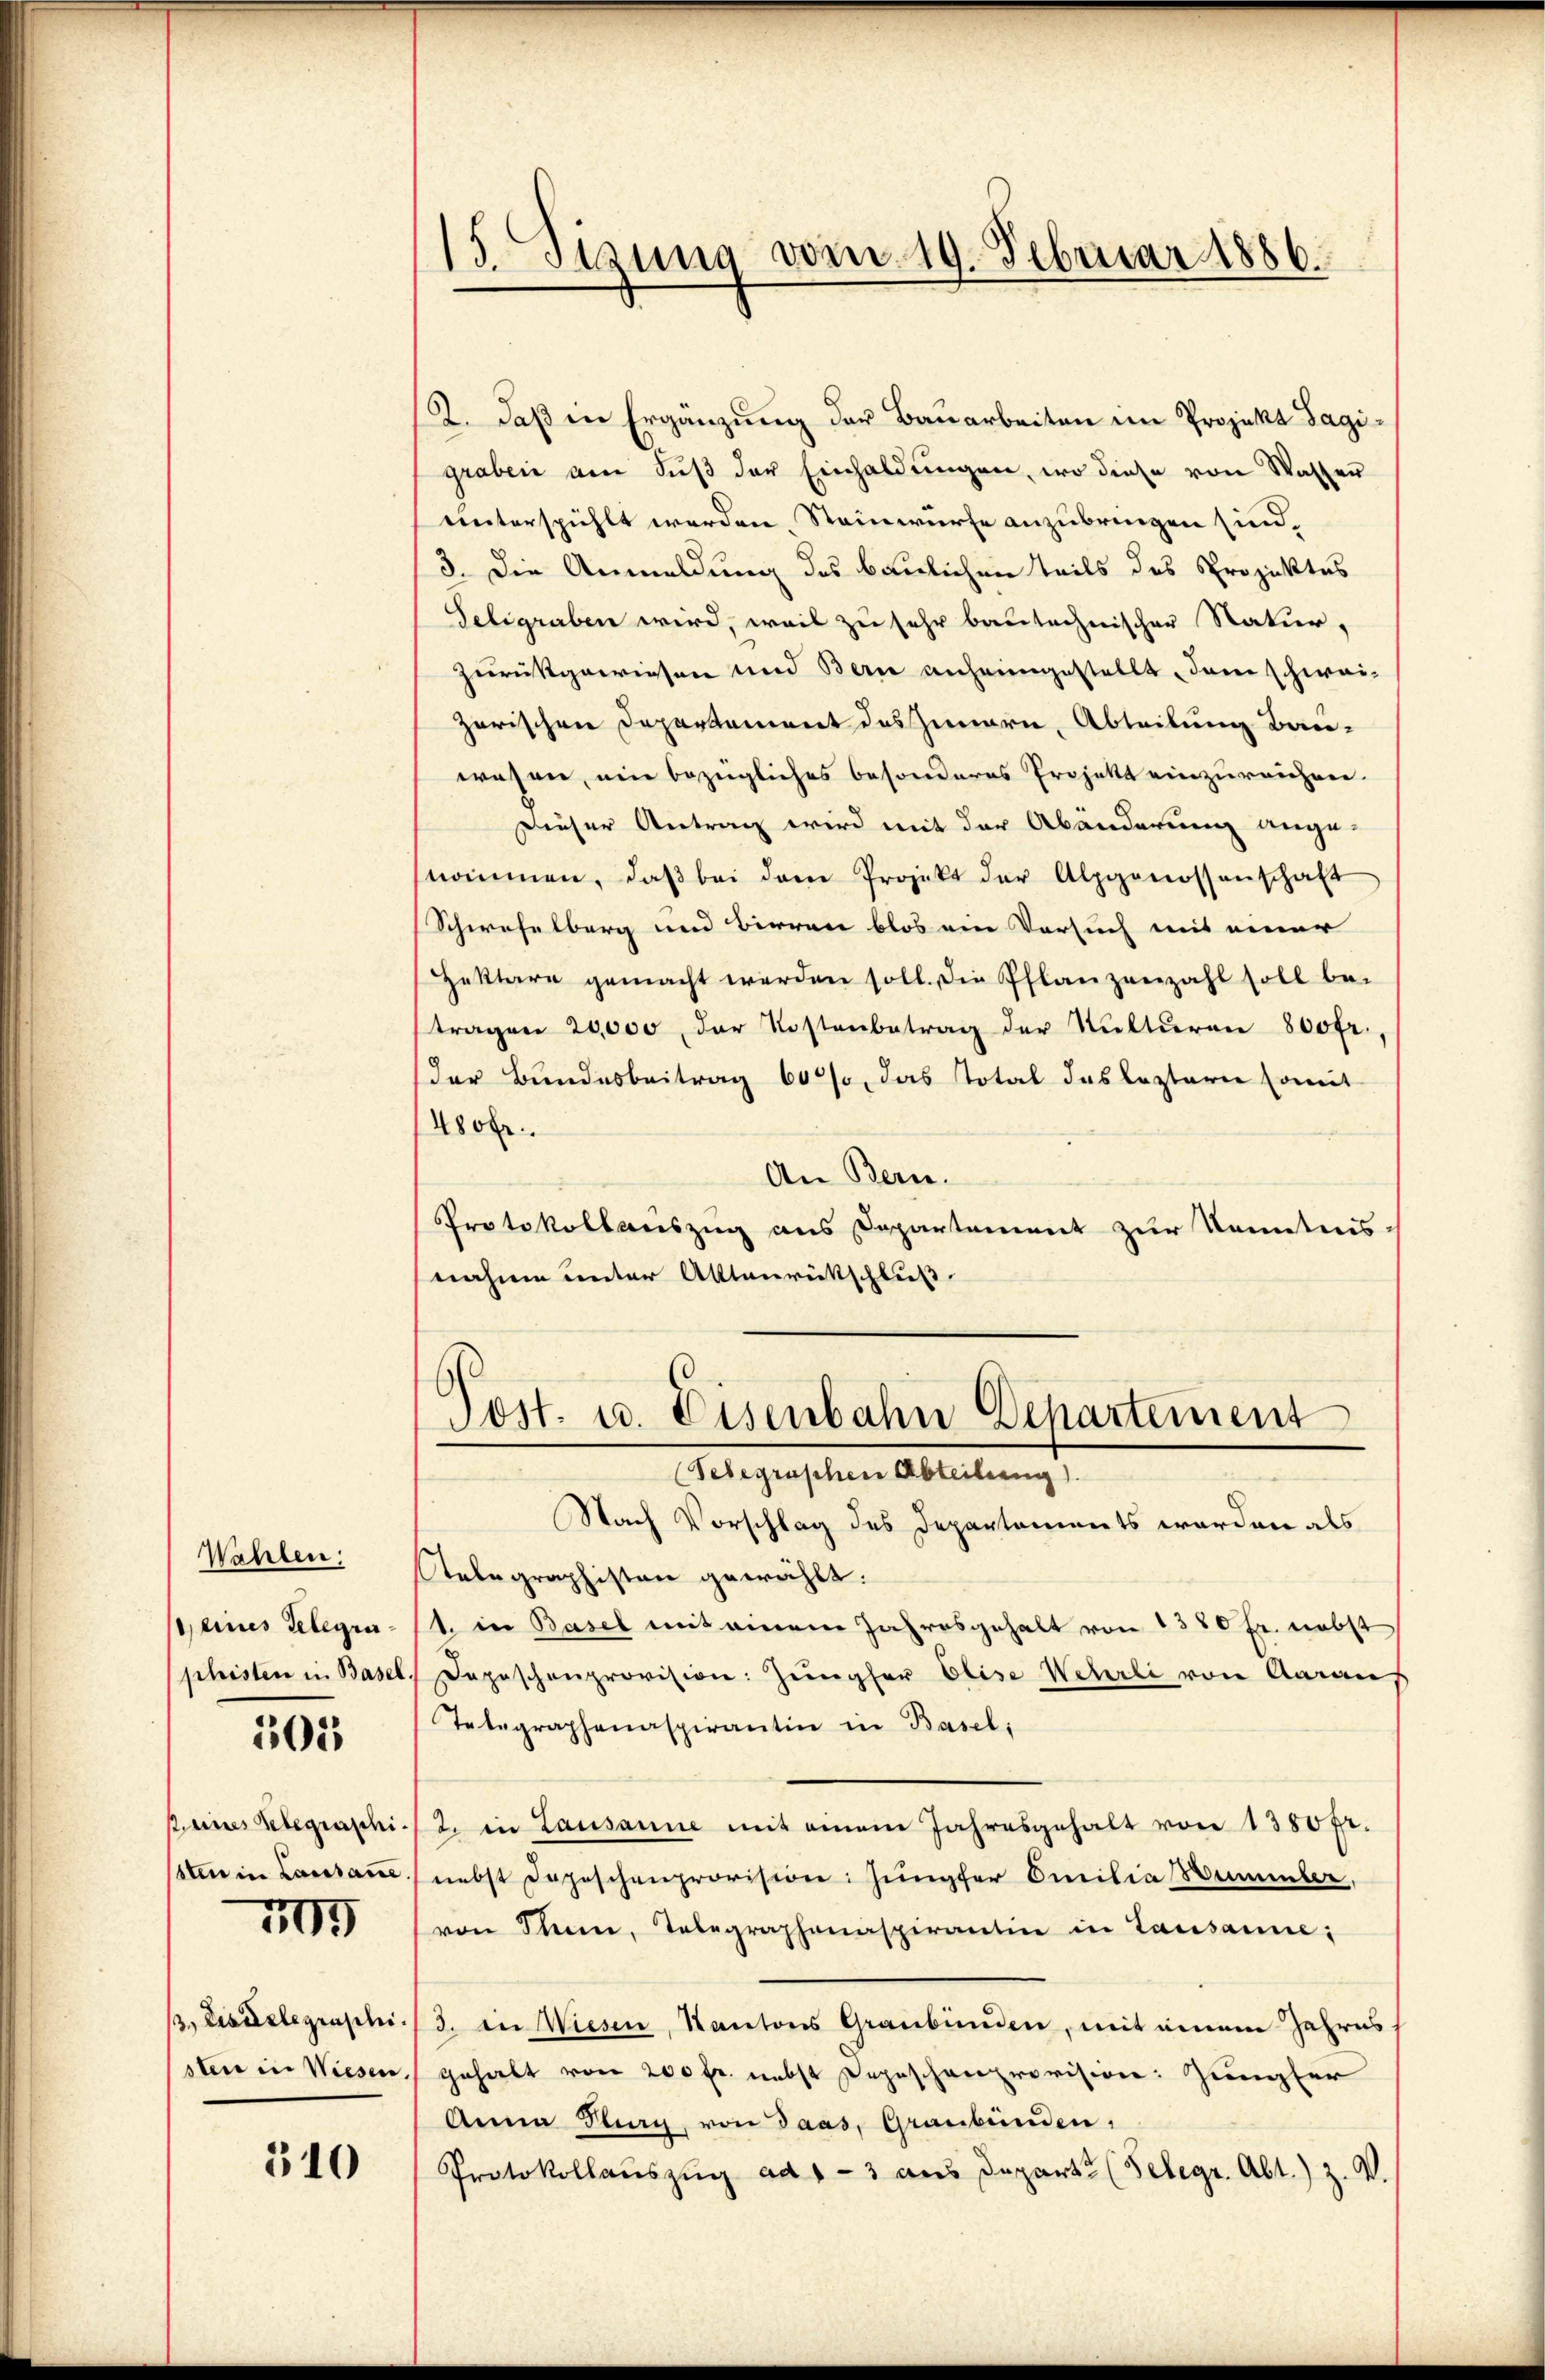
Wahlen;
deines Gelegen
pheister u. Base

101

seines Gelegraschi.
sten in Lausanne

I

, Eiserlegenschi
stere in Wiesen,

510

15. Sizung vom 19. Februar 1886.

2. Daß in Ergänzung der Bauarbeiten im Projekt Sagigraben am Fŭβ der Einhaldŭngen, wo diese von Wasser
unterspühlt werden. Steinwürfe anzubringen sind,
3. Die Anmeldung des baulichen Teils des Projektes
Seligraben wird, weil zu sehr bautechnischer Natur,
zurückgewiesen und Bern anheimgestellt, den schweizerischen Departement des Innern, Abteilung Bauwesen, ein bezügliches besonderes Projekt einzureichen.
Dieser Antrag wird mit der Abänderung ange-
nommen, daβ bei dem Projekt der Alpgenossenschaft
Schwefelberg und Birren blos ein Versuch mit einer
Zektare gemacht werden soll. die Pflanzenzahl soll bei
tragen 20,000, der Kostenbetrag der Kulturen 800fr.
der Bundesbeitrag 60%, das Total das leztere somit
480fr.
An Bern.
Protokollauszug aus Departement zur Kenntnis-
nahme unter Aktenrückschluß.
Post. u. Eisenbahn Departement
(Telegraschen Abteilung).
Nach Vorschlag des Departements worden als
Telegraphisten gewählt:
1. in Basel mit einem Jahresgehalt von 1350 Fr. nebst
Depeschenprovision: Jungfer Elise Wehrli von Aarau,
Telegraphenaspirantin in Basel,
2. in Lausanne mit einem Jahresgehalt von 1380 fr.
nebst Depeschenprovision: Jungfer Emilia Wimmler,
von Mann, Telegraphenaspirantin in Lausanne:
3. in Wiesen, Kantons Graubünden, mit einem Jahres-
gehalt von 200 fr. nebst Depeschenprovision: Jungfer
Anna Burg, von Saas, Graubünden,
Protokollauszug ad 1-3 aus Departe (Telegr. Abt.) Z. V.